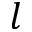
l